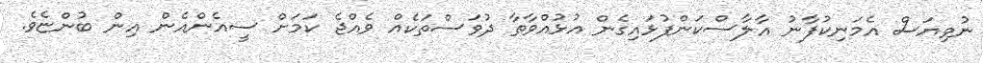
ނުވިޔަސް އެމަނިކުފާނު އާލާސްކަންފުޅައިގެން އުޅުއްވާތާ ދުވަސްތަކެއް ވެއްޖެ ކަމަށް ސީއެންއެން އިން ބުންޏެވެ.